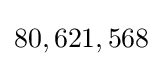
80,621,568